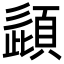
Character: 頿